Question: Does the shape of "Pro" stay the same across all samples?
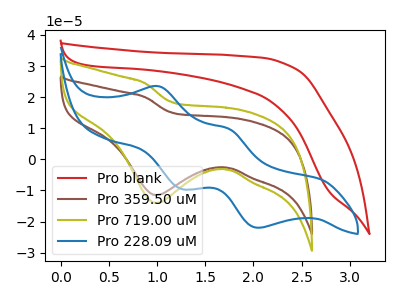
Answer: <think>The red curve "Pro blank" has no peaks. The brown curve "Pro 359.50 uM" has a cathodic peak at: (1.00V, -11.50uA). The olive curve "Pro 719.00 uM" has a cathodic peak at: (1.00V, -14.05uA). The blue curve "Pro 228.09 uM" has anodic peaks at (1.00V, 23.50uA) (1.75V, 9.85uA) and cathodic peaks at (1.25V, -9.55uA) (2.05V, -22.00uA).
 "Pro blank" and "Pro 359.50 uM" have a different number of peaks. "Pro blank" and "Pro 719.00 uM" have a different number of peaks. "Pro blank" and "Pro 228.09 uM" have a different number of peaks. All the peaks in "Pro 359.50 uM" have a peak in "Pro 719.00 uM" at the same potential. Every peak in "Pro 359.50 uM" is lower than every peak in "Pro 719.00 uM". "Pro 359.50 uM" and "Pro 228.09 uM" have a different number of peaks. "Pro 719.00 uM" and "Pro 228.09 uM" have a different number of peaks.</think>
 <answer>All the CV's of "Pro" have similar shape.</answer>
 <eval>follow_rule</eval>